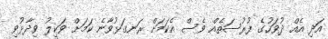
އަދި އެއް ދުވަހުގެ ފުރުސަތެއް ވެސް އެކަމަށް ރަނގަޅުވާނެ ކަމަށް ވަކީލު ވިދާޅުވި